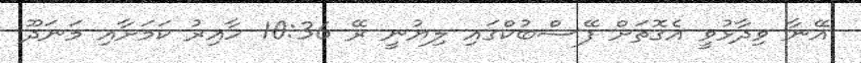
އޭނާ ވިދާޅުވީ އެގޮތަށް ފޭސްބުކްގައި ލިޔުނީ ރޭ 10:36 ހާއިރު ކަމަށާއި މަނަދޫ